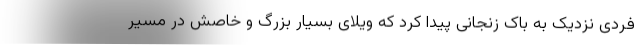
فردی نزدیک به باک زنجانی پیدا کرد که ویلای بسیار بزرگ و خاصش در مسیر